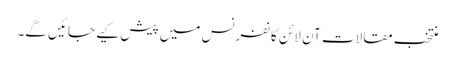
منتخب مقالات آن لائن کانفرنس میں پیش کیے جائیں گے۔